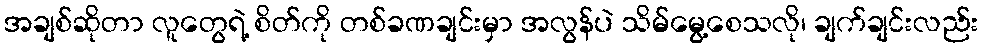
အချစ်ဆိုတာ လူတွေရဲ့ စိတ်ကို တစ်ခဏချင်းမှာ အလွန်ပဲ သိမ်မွေ့စေသလို၊ ချက်ချင်းလည်း